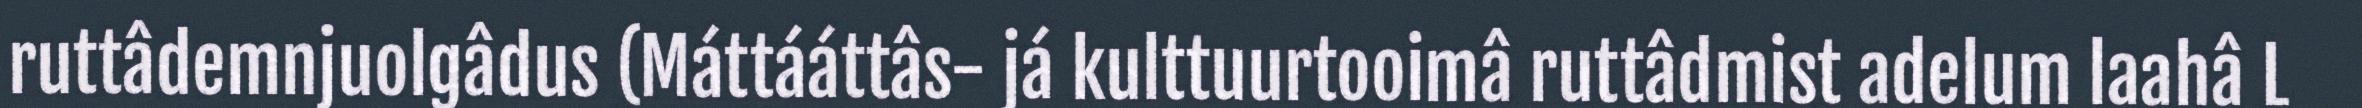
ruttâdemnjuolgâdus (Máttááttâs- já kulttuurtooimâ ruttâdmist adelum laahâ L